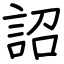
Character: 詔